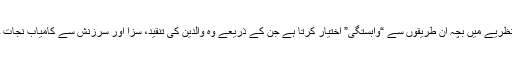
اختر احسن کے نظریے میں بچہ ان طریقوں سے “وابستگی” اختیار کرتا ہے جن کے ذریعے وہ والدین کی تنقید، سزا اور سرزنش سے کامیاب نجات حاصل کرتا ہے۔